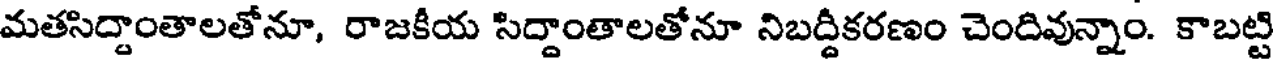
మతసిద్దాంతాలతోనూ, రాజకీయ సిద్దాంతాలతోనూ నిబద్దీకరణం చెందివున్నాం. కాబట్టి